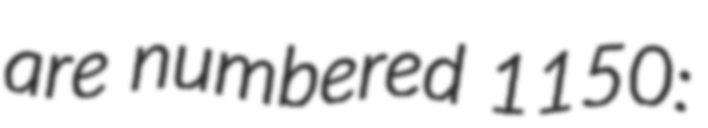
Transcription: are numbered 1150: